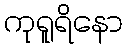
ကုရူရိနော